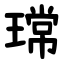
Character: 瑺